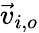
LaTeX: \vec{v}_{i,o}